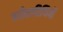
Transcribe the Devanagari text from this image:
परीक्षारिथियों